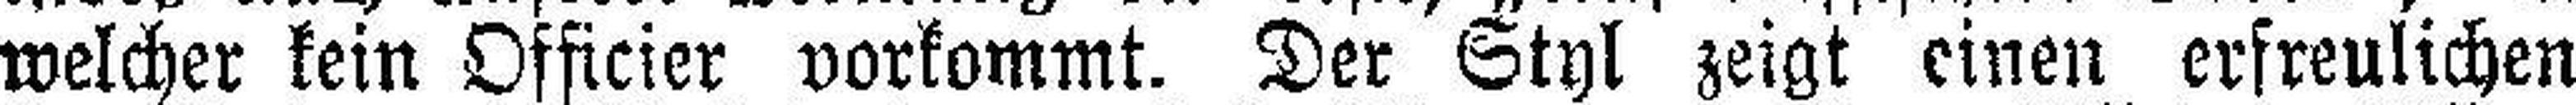
welcher kein Officier vorkommt. Der Styl zeigt einen erfreulichen